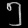
Digit: ၅